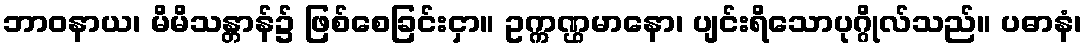
ဘာဝနာယ၊ မိမိသန္တာန်၌ ဖြစ်စေခြင်းငှာ။ ဥက္ကဏ္ဌမာနော၊ ပျင်းရိသောပုဂ္ဂိုလ်သည်။ ပဓာနံ၊